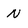
Character: N